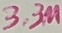
Text: 3.3µ